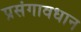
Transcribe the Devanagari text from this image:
प्रसंगावधान